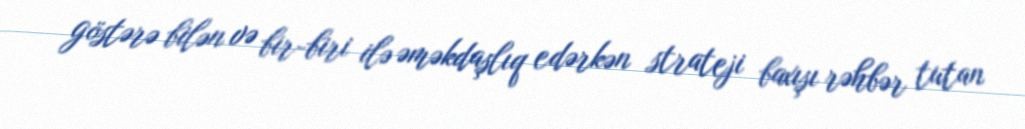
göstərə bilən və bir-biri ilə əməkdaşlıq edərkən strateji baxışı rəhbər tutan